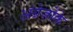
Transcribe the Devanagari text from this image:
अंग्रेज़ोंके